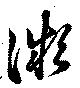
凝